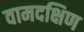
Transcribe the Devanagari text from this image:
वामदक्षिण